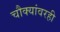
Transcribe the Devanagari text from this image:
चौक्यांवरही